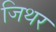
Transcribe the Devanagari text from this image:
जिथर